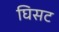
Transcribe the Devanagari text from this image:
घिसट